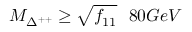
M _ { \Delta ^ { + + } } \geq \sqrt { f _ { 1 1 } } ~ ~ 8 0 G e V